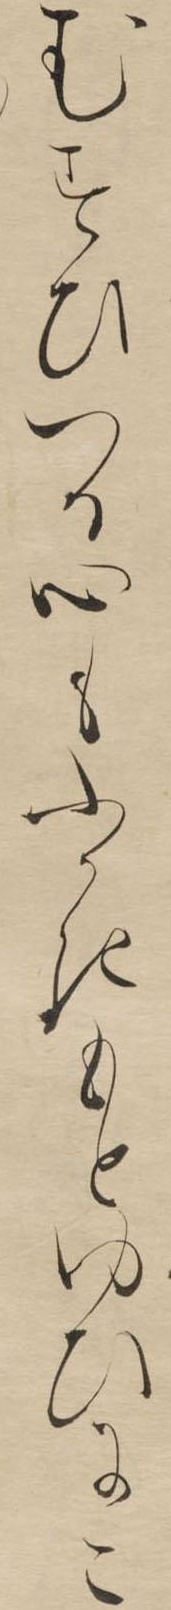
むすひつる心もふかきもとゆひにこ